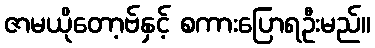
ဇာမယိုတော့ဗ်နှင့် စကားပြောရဦးမည်။